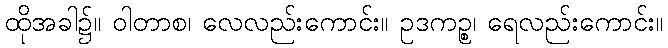
ထိုအခါ၌။ ဝါတာစ၊ လေလည်းကောင်း။ ဥဒကဉ္စ၊ ရေလည်းကောင်း။